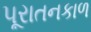
પૂરાતનકાળ